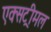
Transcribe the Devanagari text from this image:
एक्सट्रीमल